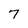
Character: 7